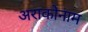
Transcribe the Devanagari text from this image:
अराकोनाम